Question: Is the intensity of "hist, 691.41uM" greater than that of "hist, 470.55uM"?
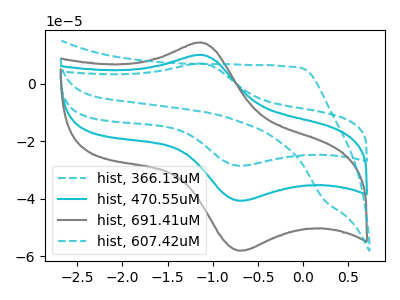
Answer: <think>The cyan dashed curve "hist, 366.13uM" has an anodic peak at (-1.15V, 20.20uA) and a cathodic peak at (-0.70V, -81.40uA). The cyan curve "hist, 470.55uM" has an anodic peak at (-1.15V, 10.10uA) and a cathodic peak at (-0.70V, -40.70uA). The gray curve "hist, 691.41uM" has an anodic peak at (-1.15V, 14.40uA) and a cathodic peak at (-0.70V, -58.10uA). The cyan dashed curve "hist, 607.42uM" has no peaks.
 All the peaks in "hist, 691.41uM" have a peak in "hist, 470.55uM" at the same potential. Every peak in "hist, 691.41uM" is higher than every peak in "hist, 470.55uM".</think>
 <answer>"hist, 691.41uM" has more signal than "hist, 470.55uM".</answer>
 <eval>more_signal</eval>